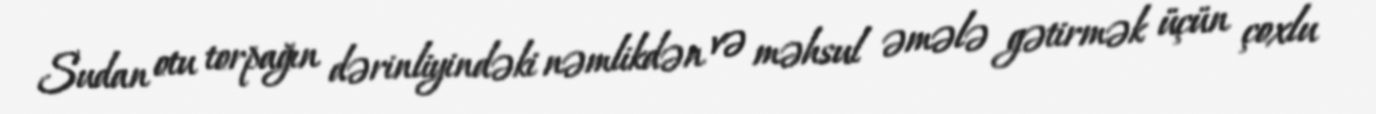
Sudan otu torpağın dərinliyindəki nəmlikdən və məhsul əmələ gətirmək üçün çoxlu